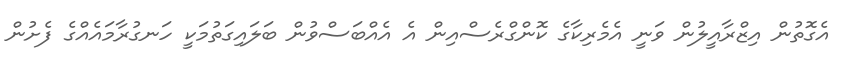
އެގޮތުން އިޒްރާއީލުން ވަނީ އެމެރިކާގެ ކޮންގްރެސްއިން އެ އެއްބަސްވުން ބަލައިގަތުމަކީ ހަނގުރާމައެއްގެ ފެށުން